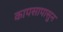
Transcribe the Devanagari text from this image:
कापसापासुन